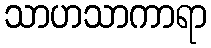
သာဟသာကာရာ